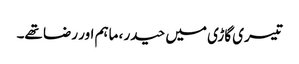
تیسری گاڑی میں حیدر ، ماہم اور رضا تھے۔